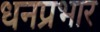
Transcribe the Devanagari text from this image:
धनप्रभार